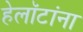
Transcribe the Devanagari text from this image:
हेलॉटांना